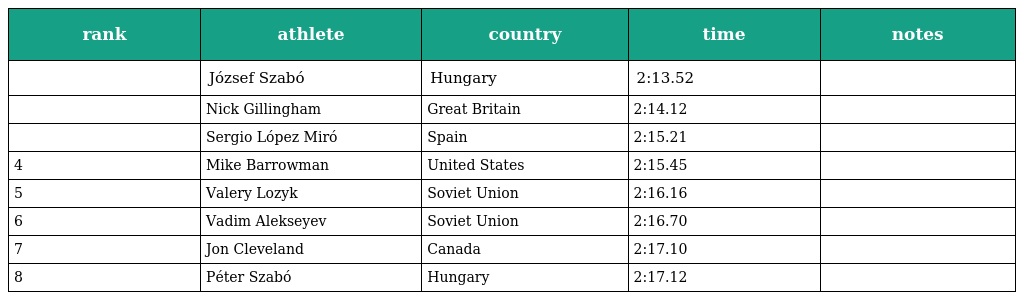
| rank | athlete | country | time | notes |
 | --- | --- | --- | --- | --- |
 |  | József Szabó | Hungary | 2:13.52 |  |
 |  | Nick Gillingham | Great Britain | 2:14.12 |  |
 |  | Sergio López Miró | Spain | 2:15.21 |  |
 | 4 | Mike Barrowman | United States | 2:15.45 |  |
 | 5 | Valery Lozyk | Soviet Union | 2:16.16 |  |
 | 6 | Vadim Alekseyev | Soviet Union | 2:16.70 |  |
 | 7 | Jon Cleveland | Canada | 2:17.10 |  |
 | 8 | Péter Szabó | Hungary | 2:17.12 |  |